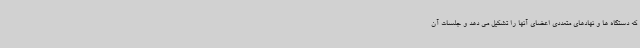
که دستگاه ها و نهادهای متعددی اعضای آنها را تشکیل می دهد و جلسات آن